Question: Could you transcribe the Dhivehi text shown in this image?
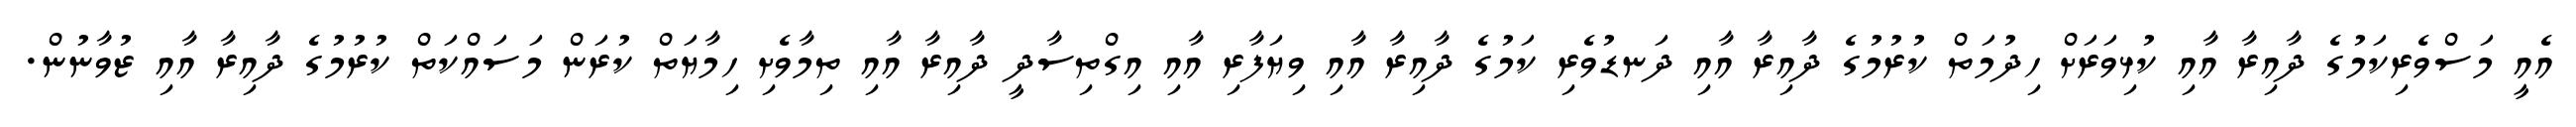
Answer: އެއީ މަސްވެރިކަމުގެ ދާއިރާ އާއި ކުޅިވަރަށް ހިދުމަތް ކުރުމުގެ ދާއިރާ އާއި ދަނޑުވެރި ކަމުގެ ދާއިރާ އާއި ވިޔަފާރި އާއި އިގްތިސާދީ ދާއިރާ އާއި ތިމާވެށި ހިމާޔަތް ކުރަން މަސައްކަތް ކުރުމުގެ ދާއިރާ އާއި ޒުވާނުން.